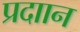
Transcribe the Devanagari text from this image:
प्रदाान